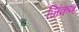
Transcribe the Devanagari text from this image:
जिंकणं